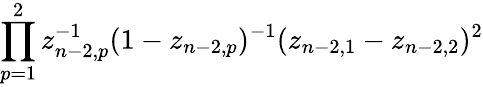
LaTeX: \prod_{p=1}^{2}z_{n-2,p}^{-1}(1-z_{n-2,p})^{-1}(z_{n-2,1}-z_{n-2,2})^{2}